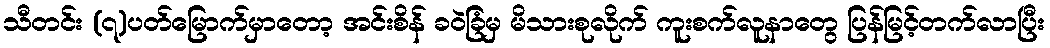
သီတင်း (၇)ပတ်မြောက်မှာတော့ အင်းစိန် ခဝဲခြံမှ မိသားစုလိုက် ကူးစက်လူနာတွေ ပြန်မြင့်တက်လာပြီး